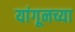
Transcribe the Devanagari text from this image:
यांगूनच्या